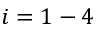
i = 1 - 4